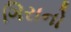
ગિરાનો